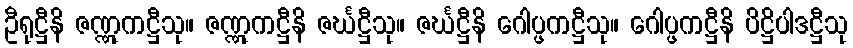
ဦရုဋ္ဌီနိ ဇဏ္ဏုကဋ္ဌီသု။ ဇဏ္ဏုကဋ္ဌီနိ ဇင်္ဃဋ္ဌီသု။ ဇင်္ဃဋ္ဌီနိ ဂေါပ္ဖကဋ္ဌီသု။ ဂေါပ္ဖကဋ္ဌီနိ ပိဋ္ဌိပါဒဋ္ဌီသု